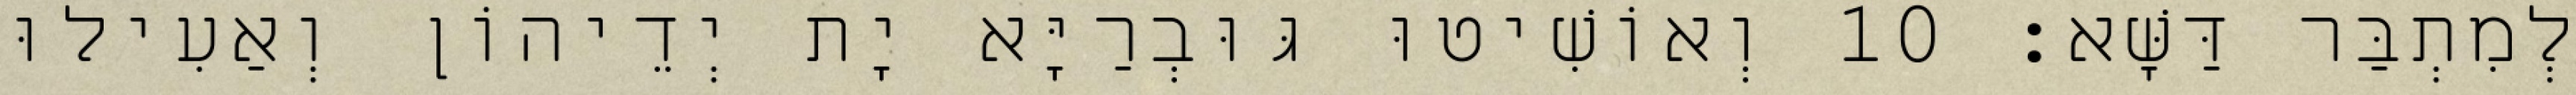
לְמִתְבַּר דַּשָּׁא׃ 10 וְאוֹשִׁיטוּ גּוּבְרַיָּא יָת יְדֵיהוֹן וְאַעִילוּ